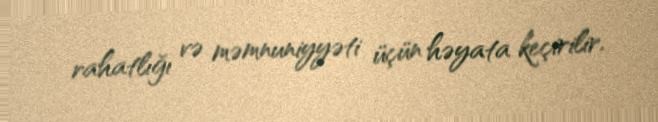
rahatlığı və məmnuniyyəti üçün həyata keçirilir.